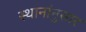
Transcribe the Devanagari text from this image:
स्थानांनुसार